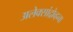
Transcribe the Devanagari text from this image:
अलेक्सांद्रोव्हना